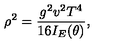
\rho ^ { 2 } = \frac { g ^ { 2 } v ^ { 2 } T ^ { 4 } } { 1 6 I _ { E } ( \theta ) } ,